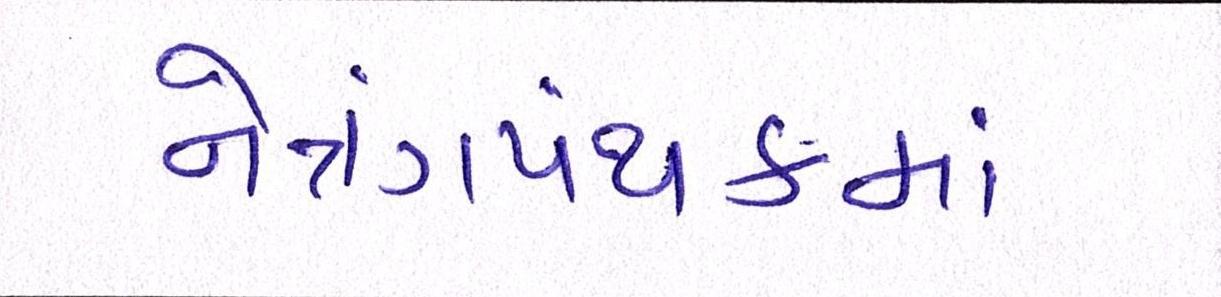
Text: નેત્રંગપંથકમાં